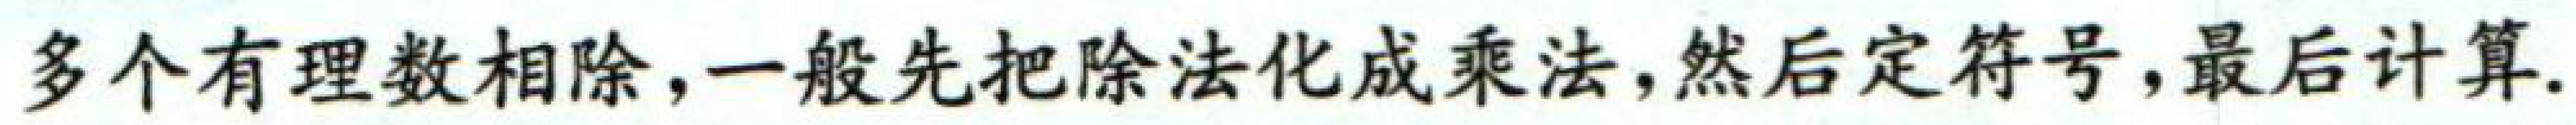
多个有理数相除，一般先把除法化成乘法，然后定符号，最后计算.